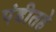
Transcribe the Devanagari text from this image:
पंडीतहे